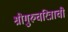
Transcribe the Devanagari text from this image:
श्रीगुरुचरित्राची